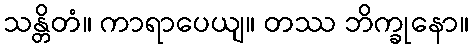
သန္တိတံ။ ကာရာပေယျ။ တဿ ဘိက္ခုနော။